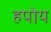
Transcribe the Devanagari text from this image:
हपोय